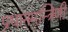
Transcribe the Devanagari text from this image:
प्रधानमन्त्रिणी